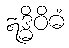
ဣဒ္ဓိဝိဓံ